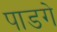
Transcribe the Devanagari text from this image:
पाडगे